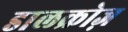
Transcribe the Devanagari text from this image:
डालक्रोज़